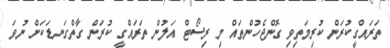
ތަރައްގީކުރަން ކުރިމަތިވި ގޮންޖެހުންތައް މި ރިސޯޓް އަލުން ތަރައްގީ ކުރަން ގާތްގަނޑަކަށް ނުވަ